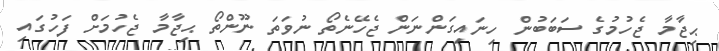
ޙިޖާމާ ޖެހުމުގެ ސަބަބުން ހިނައިގަންނަން ޖެހޭނެތޯ ނުވަތަ ނޫންތޯ ޙިޖާމާ ޖެހުމަށް ފަހުގައި